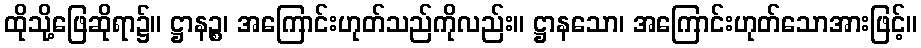
ထိုသို့ဖြေဆိုရာ၌။ ဋ္ဌာနဉ္စ၊ အကြောင်းဟုတ်သည်ကိုလည်း။ ဋ္ဌာနသော၊ အကြောင်းဟုတ်သောအားဖြင့်။